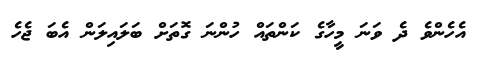
އެހެންވެ ދެ ވަނަ މީހާގެ ކަންތައް ހުންނަ ގޮތަށް ބަލައިލަން އެބަ ޖެހެ